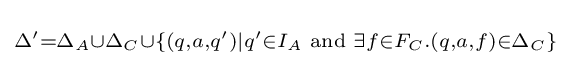
\scriptstyle \Delta '=\Delta _{A}\cup \Delta _{C}\cup \{(q,a,q')|q'\in I_{A}{\text{ and }}\exists f\in F_{C}.(q,a,f)\in \Delta _{C}\}